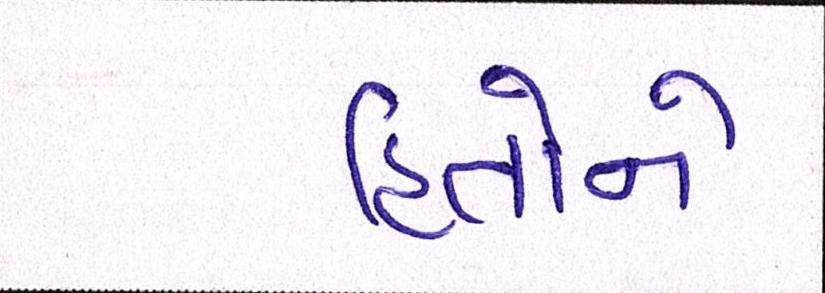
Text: હિતોને